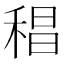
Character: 䅛